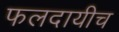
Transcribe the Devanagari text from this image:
फलदायीच